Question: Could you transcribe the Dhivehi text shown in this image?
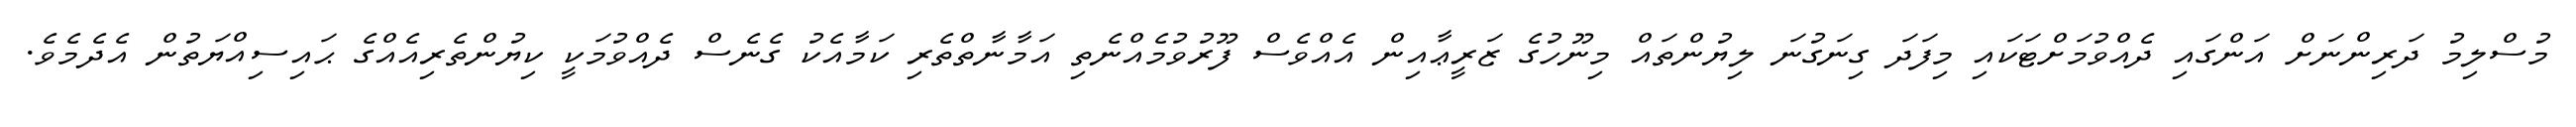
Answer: މުސްލިމު ދަރިންނަށް އަންގައި ދެއްވުމަށްޓަކައި މިފަދަ ގިނަގުނަ ލިޔުންތައް މިނޫހުގެ ޒަރީޢާއިން އެއްވެސް ފޫރުވުމެއްނެތި އަމާނާތްތެރި ކަމާއެކު ގެނެސް ދެއްވުމަކީ ކިޔުންތެރިއެއްގެ ޙައިސިއްޔަތުން އެދެމެވެ.